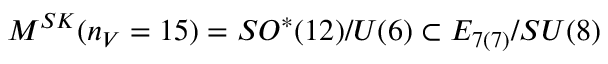
{ \cal M } ^ { S K } ( n _ { V } = 1 5 ) = S O ^ { * } ( 1 2 ) / U ( 6 ) \subset E _ { 7 ( 7 ) } / S U ( 8 )